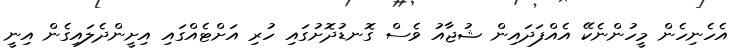
އެހެނިހެން މީހުންނެކޭ އެއްފަދައިން ޝުޖާއު ވެސް ގޮނޑުދޮށުގައި ހުރި އަށްޓެއްގައި އިށީންދެލައިގެން އިނީ